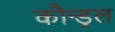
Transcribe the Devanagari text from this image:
कौन्ड्रल